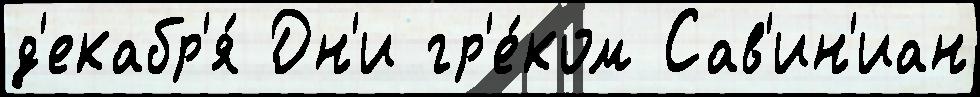
д'екабр'я́ Дн'и гр'е́ком Сав'ин'иан